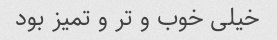
خیلی خوب و تر و تمیز بود